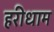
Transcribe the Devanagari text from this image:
हरीधाम